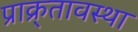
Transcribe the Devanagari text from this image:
प्राक्र्तावस्था